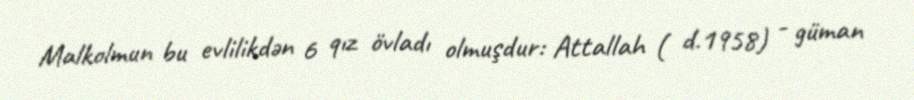
Malkolmun bu evlilikdən 6 qız övladı olmuşdur: Attallah ( d.1958) - güman